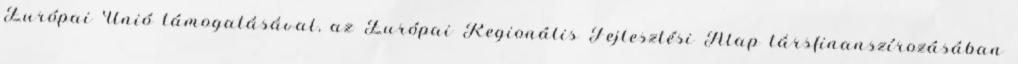
Európai Unió támogatásával, az Európai Regionális Fejlesztési Alap társfinanszírozásában